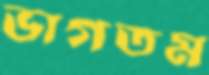
ভাগতম